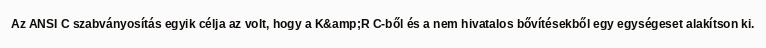
Az ANSI C szabványosítás egyik célja az volt, hogy a K&amp;R C-ből és a nem hivatalos bővítésekből egy egységeset alakítson ki.